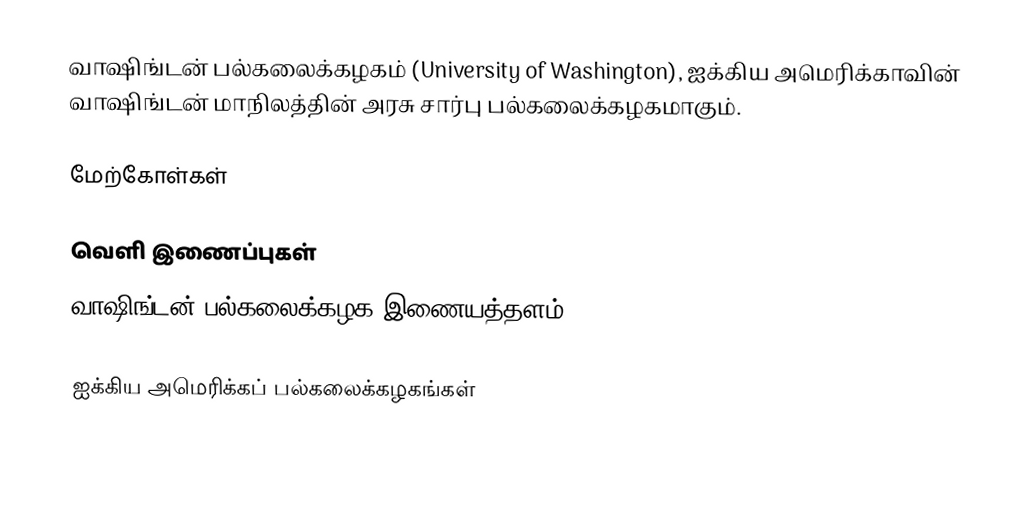
வாஷிங்டன் பல்கலைக்கழகம் (University of Washington), ஐக்கிய அமெரிக்காவின் வாஷிங்டன் மாநிலத்தின் அரசு சார்பு பல்கலைக்கழகமாகும்.

மேற்கோள்கள்

வெளி இணைப்புகள்
 வாஷிங்டன் பல்கலைக்கழக இணையத்தளம்

ஐக்கிய அமெரிக்கப் பல்கலைக்கழகங்கள்